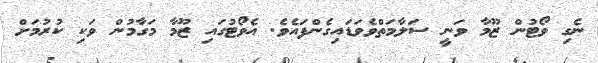
ނެގި ވޯޓުން ޒޫމާ ވަނީ ސަލާމަތްވެވަޑައިގެންފައެވެ. އެވޯޓުގައި ޒޫމާ މަގާމުން ވަކި ކުރުމަށް